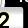
Digit: 2